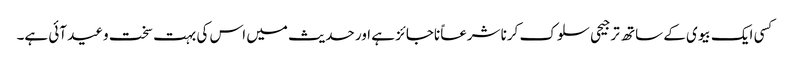
کسی ایک بیوی کے ساتھ ترجیحی سلوک کرنا شرعاً ناجائز ہے اور حدیث میں اس کی بہت سخت وعید آئی ہے۔